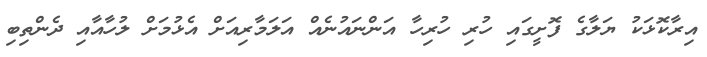
އިރާކޮޅަކު ޔަލާގެ ފޮށީގައި ހުރި ހުރިހާ އަންނައުނެއް އަލަމާރިއަށް އެޅުމަށް ލުހާއާއި ދެންތިބި